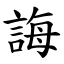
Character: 誨